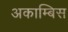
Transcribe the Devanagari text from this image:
अकाम्बिस